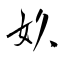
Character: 奺